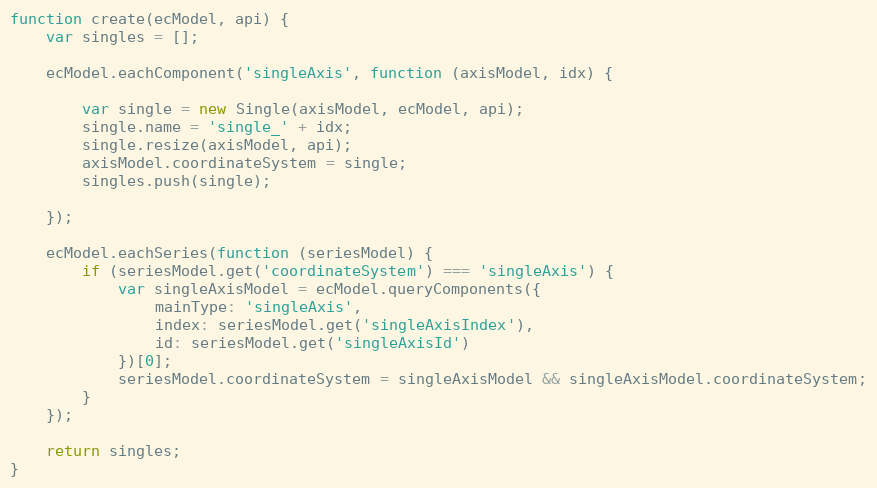
Language: JavaScript
function create(ecModel, api) {
    var singles = [];

    ecModel.eachComponent('singleAxis', function (axisModel, idx) {

        var single = new Single(axisModel, ecModel, api);
        single.name = 'single_' + idx;
        single.resize(axisModel, api);
        axisModel.coordinateSystem = single;
        singles.push(single);

    });

    ecModel.eachSeries(function (seriesModel) {
        if (seriesModel.get('coordinateSystem') === 'singleAxis') {
            var singleAxisModel = ecModel.queryComponents({
                mainType: 'singleAxis',
                index: seriesModel.get('singleAxisIndex'),
                id: seriesModel.get('singleAxisId')
            })[0];
            seriesModel.coordinateSystem = singleAxisModel && singleAxisModel.coordinateSystem;
        }
    });

    return singles;
}